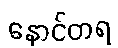
နောင်တရ